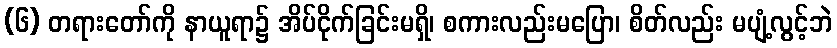
(၆) တရားတော်ကို နာယူရာ၌ အိပ်ငိုက်ခြင်းမရှိ၊ စကားလည်းမပြော၊ စိတ်လည်း မပျံ့လွင့်ဘဲ